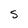
Character: S